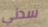
سدني